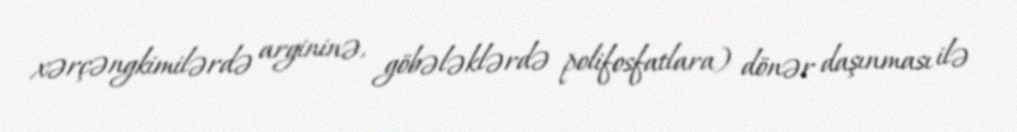
xərçəngkimilərdə argininə, göbələklərdə polifosfatlara) dönər daşınması ilə